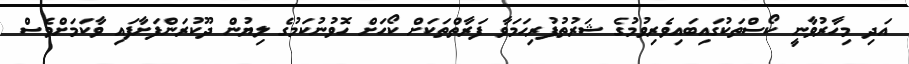
އަދި މިހާރުވާނީ ކޯސްތަކުގައިބައިވެރިވުމުގެ ޝަރުތުފުރިހަމަވާ ފަރާތްތަކަށް ކޯހަށް ހޮވުނުކަމުގެ ލިޔުން ދޫކުރަންފަށާފައި ވާކަމަށްވެސް